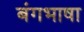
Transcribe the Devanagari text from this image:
बंगभाषा